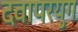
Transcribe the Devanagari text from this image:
दवापरयुग